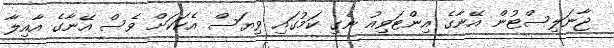
ޖާނަލިސްޓުން އޭނާގެ އިންޓަވިއު ނެގި ކަމުގައި ވިޔަސް އެކަކަށް ވެސް އޭނާގެ އާއިލާ